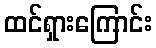
ထင်ရှားကြောင်း